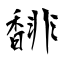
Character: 馡